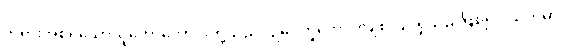
ဘုရားအစရှိသောသူတော်ကောင်းတို့သည်။ ဥပေက္ခကော၊ လျစ်လျူရှုသည်ဖြစ်၍။ သတိမာ၊